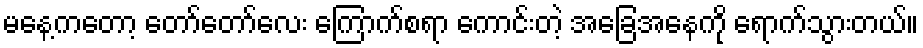
မနေ့ကတော့ တော်တော်လေး ကြောက်စရာ ကောင်းတဲ့ အခြေအနေကို ရောက်သွားတယ်။